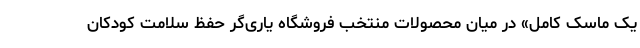
یک ماسک کامل» در میان محصولات منتخب فروشگاه یاری‌گر حفظ سلامت کودکان